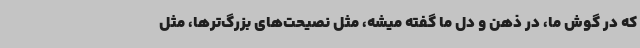
که در گوش ما، در ذهن و دل ما گفته میشه، مثل نصیحت‌های بزرگ‌ترها، مثل